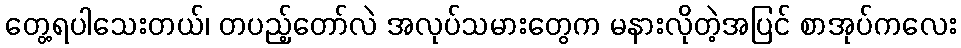
တွေ့ရပါသေးတယ်၊ တပည့်တော်လဲ အလုပ်သမားတွေက မနားလိုတဲ့အပြင် စာအုပ်ကလေး